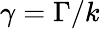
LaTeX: \gamma=\Gamma/k